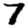
Digit: 7